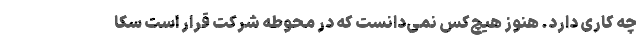
چه کاری دارد. هنوز هیچ‌کس نمی‌دانست که در محوطه شرکت قرار است سکا